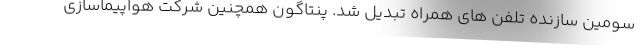
سومین سازنده تلفن های همراه تبدیل شد. پنتاگون همچنین شرکت هواپیماسازی